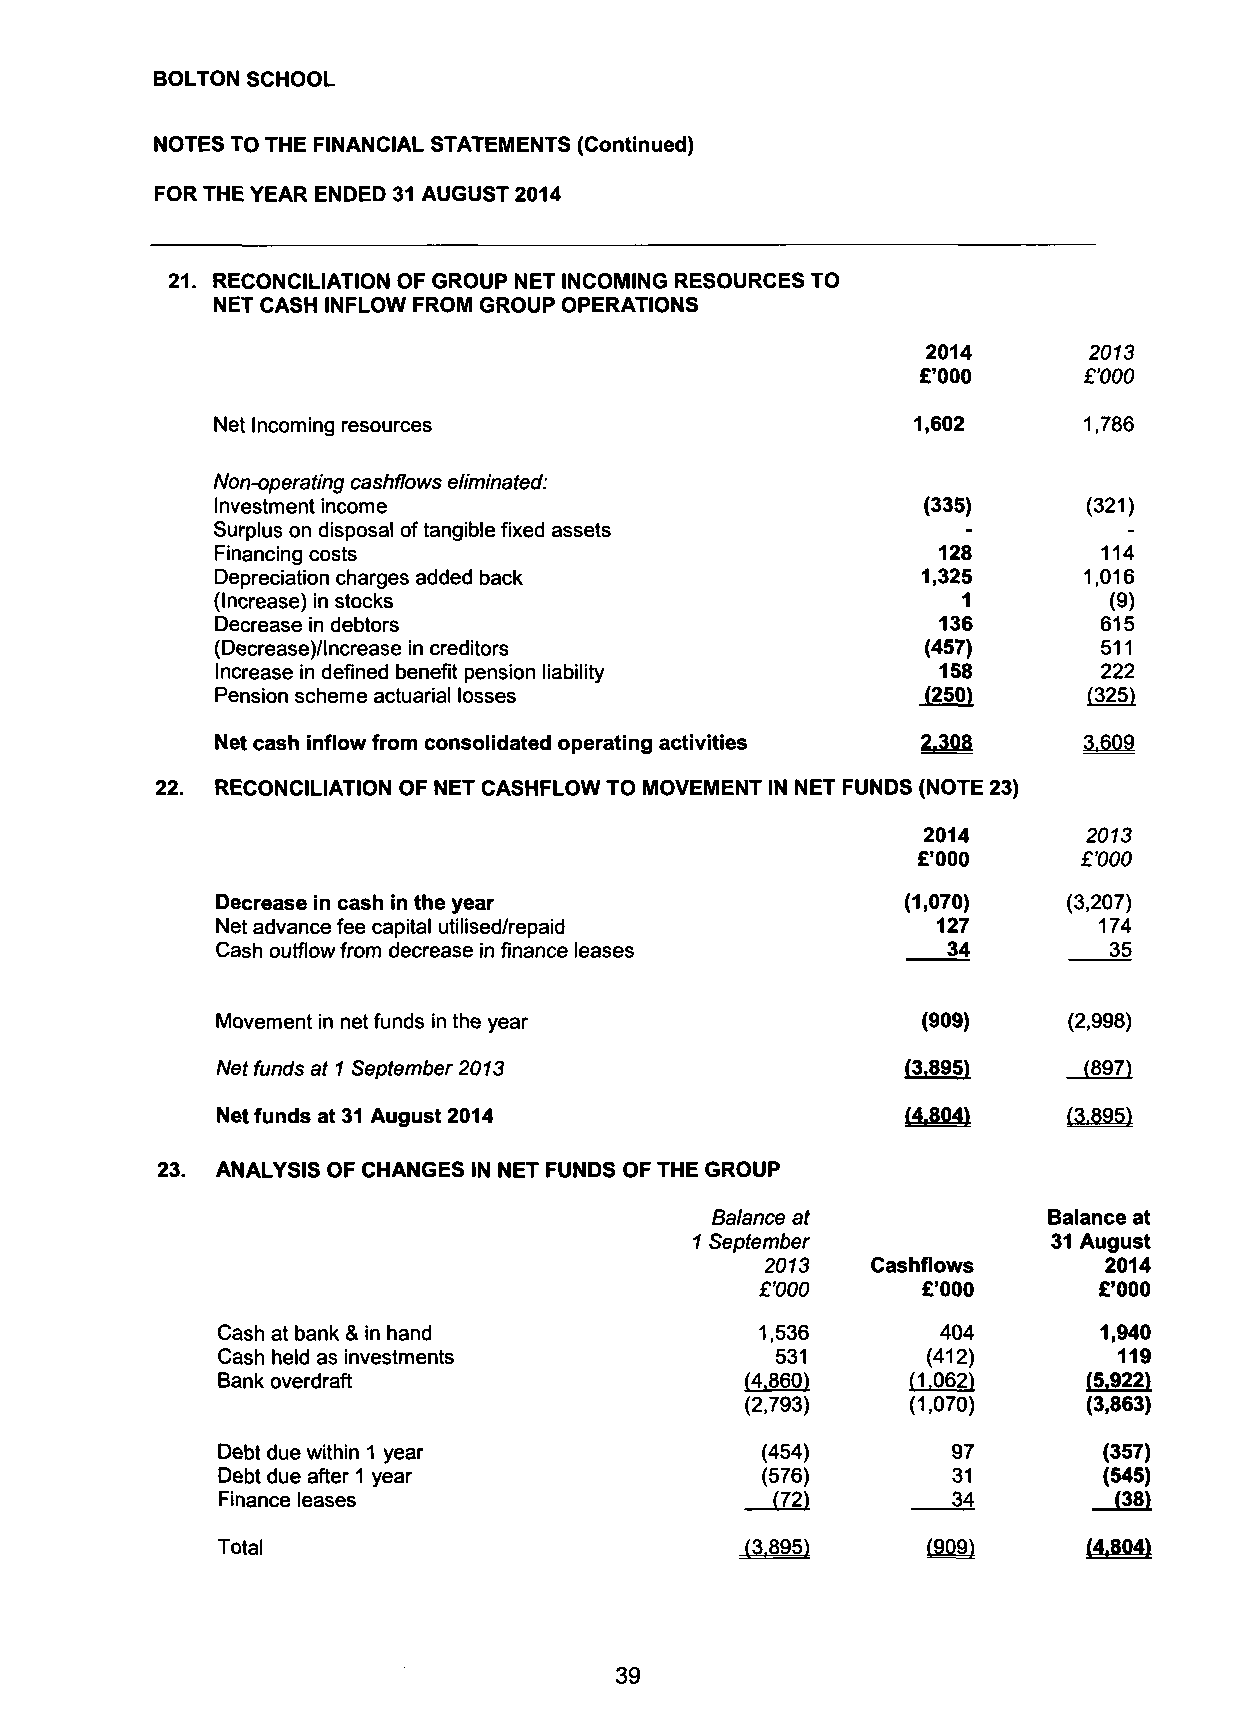
BOLTON SCHOOL
 NOTES TO THE FINANCIAL STATEMENTS (Continued)
 FOR THE YEAR ENDED 31 AUGUST 2014
 21. RECONCILIATION OF GROUP NET INCOMING RESOURCES TO
 NET CASH INFLOW FROM GROUP OPERATIONS
 2014       2013
 £'000      £'000
 Net Incoming resources                        1,602       1,786
 Non-operating cashflows eliminated:
 Investment income                              (335)      (321)
 Surplus on disposal of tangible fixed assets
 Financing costs                                 128        114
 Depreciation charges added back                1,325      1,016
 (Increase) in stocks                              1        (9)
 Decrease in debtors                             136        615
 (Decrease)/lncrease in creditors               (457)       511
 Increase in defined benefit pension liability   158        222
 Pension scheme actuarial losses                (250)      (325)
 Net cash inflow from consolidated operating activities    3.609
 22. RECONCILIATION OF NET CASHFLOW TO MOVEMENT IN NET FUNDS (NOTE 23)
 2014       2013
 £'000      £W0
 Decrease in cash in the year                  (1,070)    (3,207)
 Net advance fee capital utilised/repaid         127        174
 Cash outflow from decrease in finance leases     34        35
 Movement in net funds in the year              (909)     (2,998)
 Net funds at 1 September 2013                 (3.895)     (897)
 Net funds at 31 August 2014                   (4.804)    (3.895)
 23. ANALYSIS OF CHANGES IN NET FUNDS OF THE GROUP
 Balance at            Balance at
 1 September             31 August
 2013   Cashflows      2014
 £'000      £'000       £'000
 Cash at bank & in hand              1,536       404        1,940
 Cash held as investments             531       (412)        119
 Bank overdraft                     (4.860)    (1,062)     (5,922)
 (2,793)    (1,070)     (3,863)
 Debt due within 1 year              (454)        97        (357)
 Debt due after 1 year               (576)        31        (545)
 Finance leases                       (72)        34         (38)
 Total                              (3.895)     (909)      (4.804)
 39